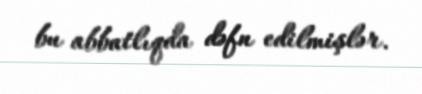
bu abbatlıqda dəfn edilmişlər.